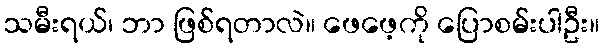
သမီးရယ်၊ ဘာ ဖြစ်ရတာလဲ။ ဖေဖေ့ကို ပြောစမ်းပါဦး။